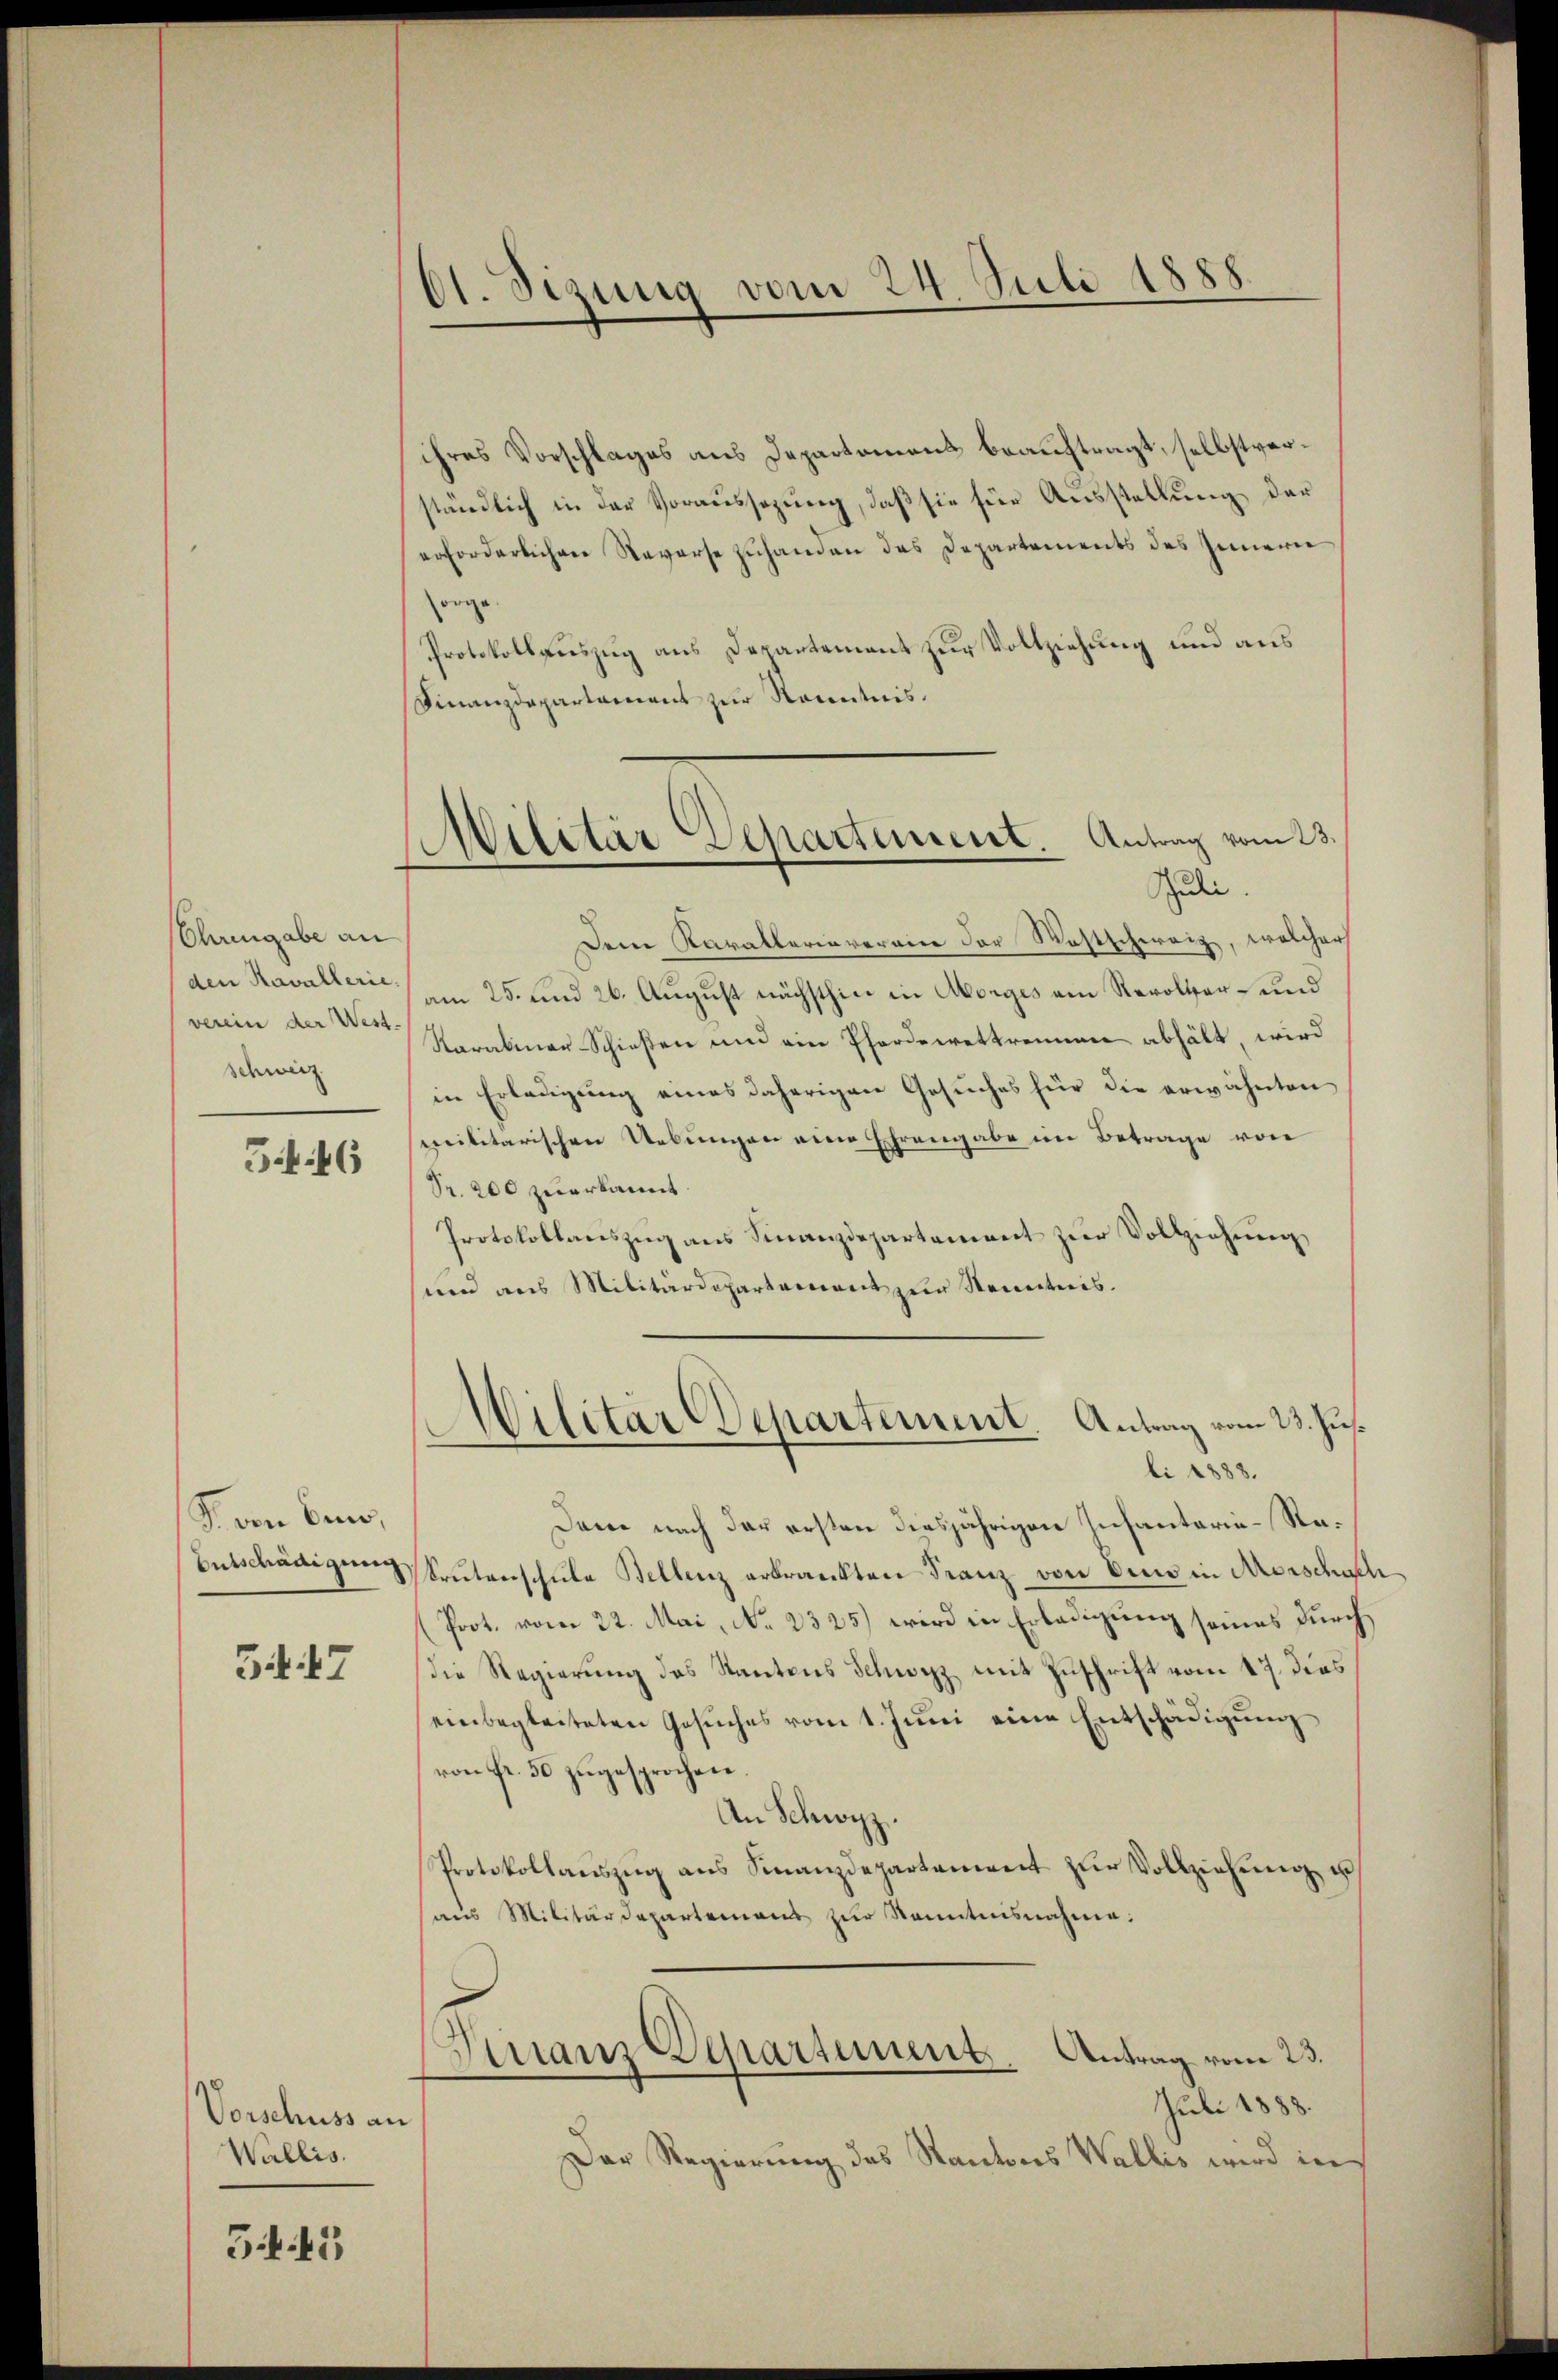
Chrengabe an
verein der West-
schweiz

54. 46

G. von Bern,
Entschädigung

34. 17

Vorschuss an
Wallis.
G. 45

O1. Sizung vom 24. Juli 1888.

ihres Vorschlages aus Departamens beauftragt, selbstverständlich in der Voraussezung, daß sie für Ausstellung der
erforderlichen Reverse zuhanden das Departements des Innern
orge
Protokollauszug aus Departement zur Vollziehung und aus
Finanzdepartament zur Kenntnis.
Dem Kavallariavereier der Westschweiz, welcher
den Kavallerie am 25. und 26. August nächsthin in Morges am Revolter- und
Rarabiner Schießen und ein Pforderettrommen abhält, wird
in Erledigung eines daherigen Gesuches für die erwähnten
militarischen Uebungen eine Ehrengabe im Betrage von
Pr. 200 zuerkannt.
Protokollauszug aus Finanzdepartament zur Vollziehung
und aus Militärdepartement zur Kenntnis.

Militär Departement. Antrag vom 23.
Puli.

Militär Departement. Antrag vom 23. Jus.
bi 1888.

Dane nach der ersten diesjährigen Infantarie-Re¬
Seŭtenschule Bellenz erkrankten Franz von Eins in Morschich
Prot. vom 22. Mai, No. 2325) wird in Erledigung seines durchdie Regierung des Kantons Schwyz mit Zuschrift vom 17. dies
einbegleiteten Gesuches vom 1. Juni eine Entschädigung
von Fr. 50 zugesprochen
An Schwyz.
Protokollaŭszŭg ans Finanzdepartament zŭr Vollziehŭng u
haŭs Militärdepartemens zŭr Kenntnisnahme.
Girranz Departement. Antrag vom 23.
Juli 1888.
Der Regierung des Kantons Wallis wird in